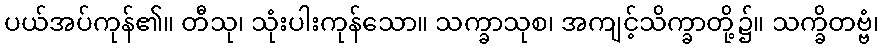
ပယ်အပ်ကုန်၏။ တီသု၊ သုံးပါးကုန်သော။ သက္ခာသုစ၊ အကျင့်သိက္ခာတို့၌။ သက္ခိတဗ္ဗံ၊